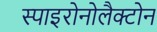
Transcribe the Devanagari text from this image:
स्पाइरोनोलैक्टोन